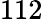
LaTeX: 112